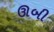
ઊબી